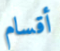
أقسام